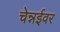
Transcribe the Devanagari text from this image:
चेन्नईवर